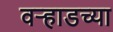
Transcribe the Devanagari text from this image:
वर्‍हाडच्या